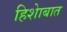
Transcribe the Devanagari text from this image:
हिशेाबात